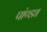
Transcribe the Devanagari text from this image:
पांण्ड्य